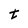
Character: t